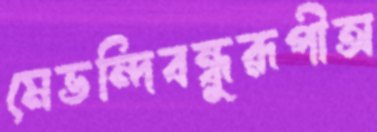
মেভন্দিবন্ধুরূপীঅ